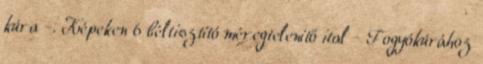
kúra -. Képeken 6 béltisztító méregtelenítő ital - Fogyókúrához